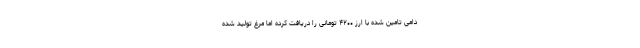
دامی تامین شده با ارز ۴۲۰۰ تومانی را دریافت کرده اما مرغ تولید شده